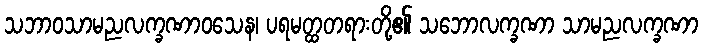
သဘာဝသာမညလက္ခဏာဝသေန၊ ပရမတ္ထတရားတို့၏ သဘောလက္ခဏာ သာမညလက္ခဏာ